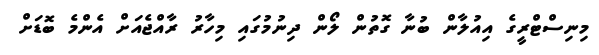
މިނިސްޓްރީގެ އިއުލާން ބުނާ ގޮތުން ލޯން ދިނުމުގައި މިހާރު ރާއްޖެއަށް އެންމެ ބޮޑަށް